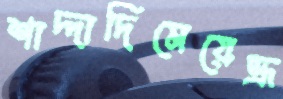
শাদ্দাদিমেয়েভ্রূ